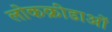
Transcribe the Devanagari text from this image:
लोकक्रीडाओं